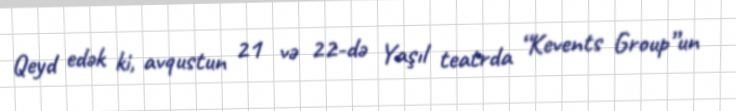
Qeyd edək ki, avqustun 21 və 22-də Yaşıl teatrda “Kevents Group”un